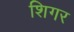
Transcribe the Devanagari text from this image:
शिगर